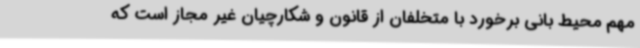
مهم محیط بانی برخورد با متخلفان از قانون و شکارچیان غیر مجاز است که